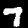
Label: 7